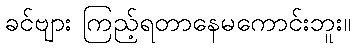
ခင်ဗျား ကြည့်ရတာနေမကောင်းဘူး။